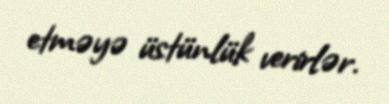
etməyə üstünlük verirlər.